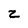
Character: z